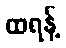
ထရန့်